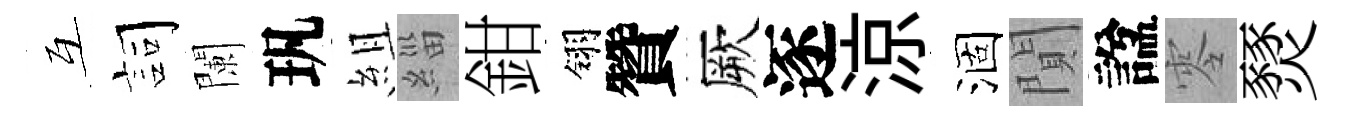
互詞闌㺬組緇鉗翎贊厥逐涼涸閴諡零燹